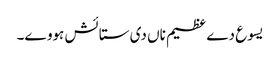
یسوع دے عظیم ناں دی ستائش ہووے۔